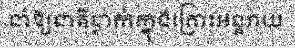
នាំឱ្យជាតិធ្លាក់ក្នុងគ្រោះអន្តរាយ